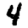
Digit: 4